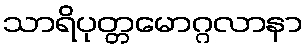
သာရိပုတ္တမောဂ္ဂလာနာ